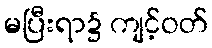
မပြီးရာ၌ ကျင့်ဝတ်